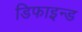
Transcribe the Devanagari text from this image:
डिफाइन्ड